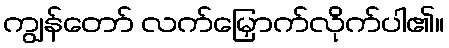
ကျွန်တော် လက်မြှောက်လိုက်ပါ၏။